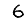
Digit: 6